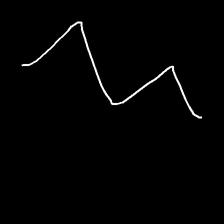
Glyph: crush